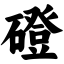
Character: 磴